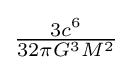
{\textstyle {\frac {3c^{6}}{32\pi G^{3}M^{2}}}}